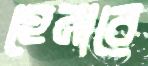
হেনারে